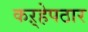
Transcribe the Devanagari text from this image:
कऱ्हेपठार